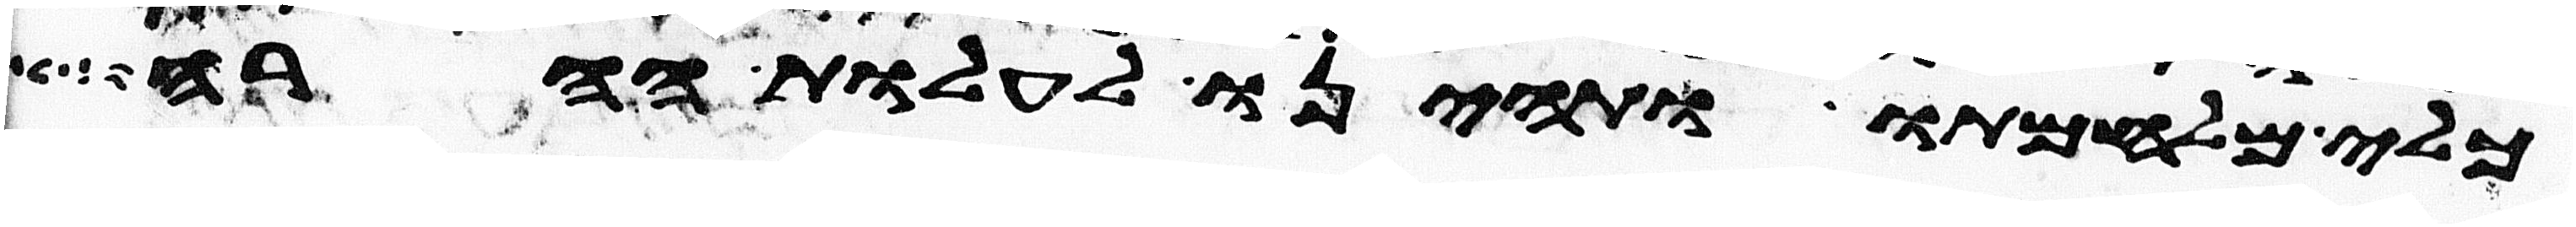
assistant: כלי מלחמתו ותהיינו לעלות ההרה